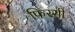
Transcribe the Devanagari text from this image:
फिरसी